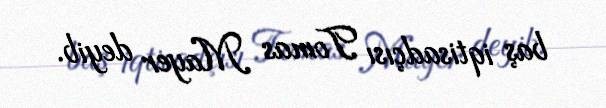
baş iqtisadçısı Tomas Mayer deyib.